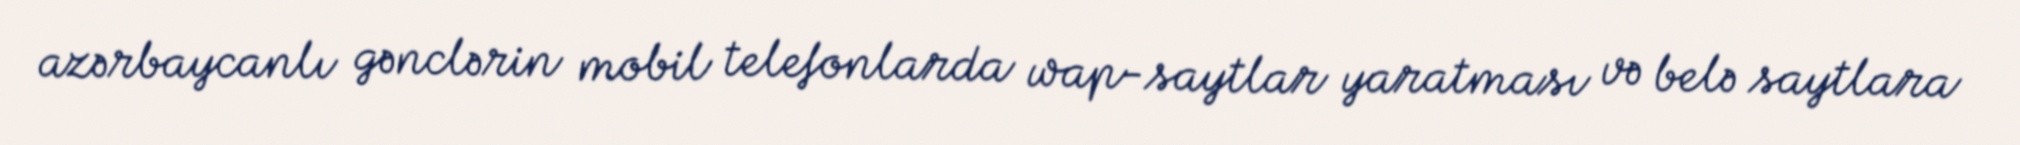
azərbaycanlı gənclərin mobil telefonlarda wap-saytlar yaratması və belə saytlara